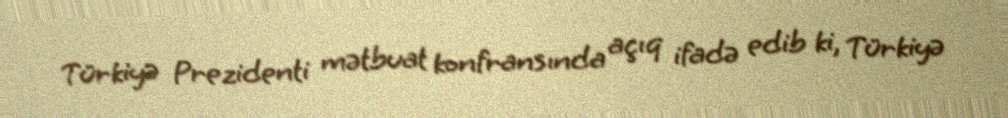
Türkiyə Prezidenti mətbuat konfransında açıq ifadə edib ki, Türkiyə